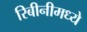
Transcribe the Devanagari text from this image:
रिबीनीमध्ये